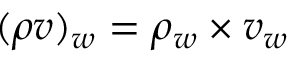
( \rho v ) _ { w } = \rho _ { w } \times v _ { w }